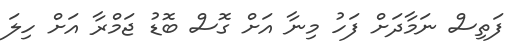
ފަތިސް ނަމާދަށް ފަހު މިނާ އަށް ގޮސް ބޮޑު ޖަމްރާ އަށް ހިލަ